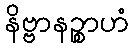
နိဗ္ဗာနဉ္စာဟံ